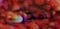
تهجرني